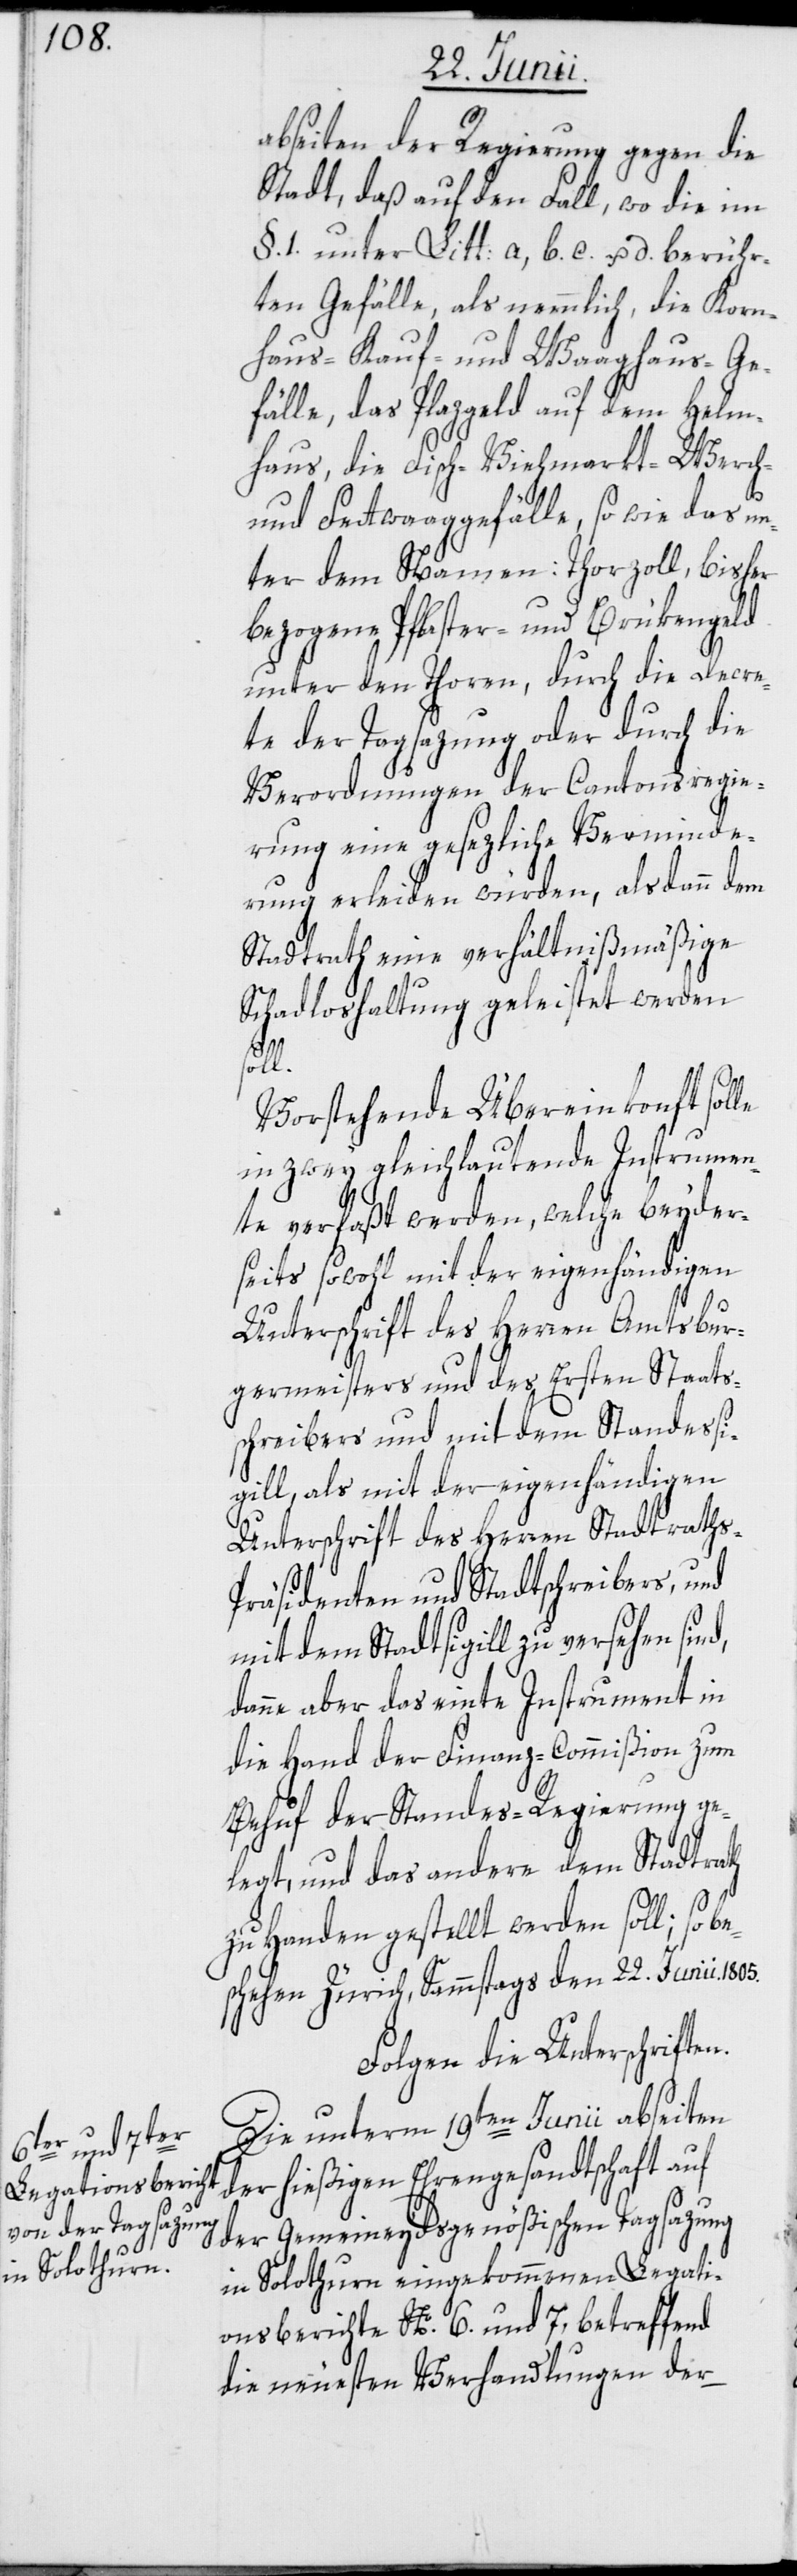
abseiten der Regierung gegen die
Stadt, daß auf den Fall, wo die im
§. 1. unter Litt: a, b. c. u. d. berühr¬
ten Gefälle, als nemmlich, die Korn¬
haus-[,] Kauf- und Waaghaus-Ge¬
fälle, das Plazgeld auf dem Helm¬
und Fettwaaggefälle, so wie das un¬
ter dem Namen: Thorzoll, bisher
bezogene Pflaster- und Brükengeld
unter den Thoren, durch die Decre¬
te der Tagsazung oder durch die
Verordnungen der Cantonsregie¬
rung eine gesezliche Verminde¬
rung erleiden würden, alsdann dem
Stadtrath eine verhältnißmäßige
Schadloshaltung geleistet werden
soll.
Vorstehende Übereinkonft solle
in zwey gleichlautende Instrumen¬
te verfaßt werden, welche beyder¬
seits sowohl mit der eigenhändigen
Unterschrift des Herren Amtsbur¬
germeisters und des Ersten Staats¬
schreibers und mit dem Standessi¬
gill, als mit der eigenhändigen
Unterschrift des Herren Stadtraths-P¬
räsidenten und Stadtschreibers, und
mit dem Stadtsigill zu versehen sind,
danne aber das einte Instrument in
die Hand der Finanz-Commißion zum
Behuf der Standes-Regierung ge¬
legt, und das andere dem Stadtrath
zu Handen gestellt werden soll; so b¬
eschehen Zürich, Sammstags den 22. Junii 1805.
Folgen die Unterschriften.
Die unterm 19ten Junii abseiten
der hießigen Ehrengesandtschaft auf
der Gemeineydsgenößischen Tagsazung
in Solothurn eingekommenen Legati¬
onsberichte No. 6. und 7, betreffend
die neuesten Verhandlungen der